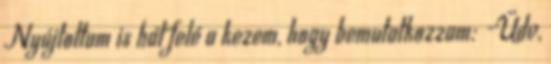
Nyújtottam is hát felé a kezem, hogy bemutatkozzam: -Üdv,